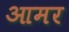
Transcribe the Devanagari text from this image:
आमर